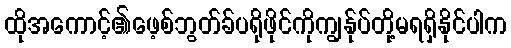
ထိုအကောင့်၏ဖေ့စ်ဘွတ်ခ်ပရိုဖိုင်ကိုကျွန်ုပ်တို့မရရှိနိုင်ပါက